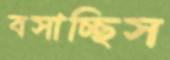
বসাচ্ছিস